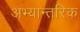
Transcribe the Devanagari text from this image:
अभ्यान्तरिक